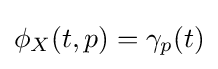
\phi _{X}(t,p)=\gamma _{p}(t)